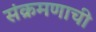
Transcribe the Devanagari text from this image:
संक्रमणाची